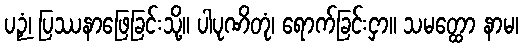
ပဉှံ၊ ပြဿနာဖြေခြင်းသို့။ ပါပုဏိတုံ၊ ရောက်ခြင်းငှာ။ သမတ္ထော နာမ၊